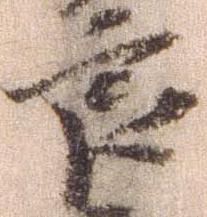
良